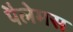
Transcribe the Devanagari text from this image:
पैलेमस